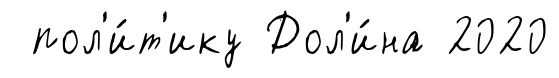
пол'и́т'ику Дол'и́на 2020